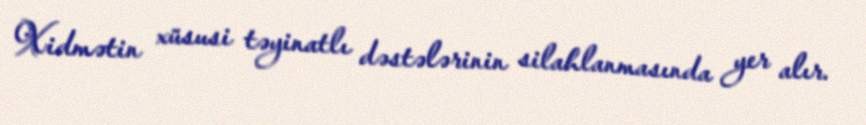
Xidmətin xüsusi təyinatlı dəstələrinin silahlanmasında yer alır.